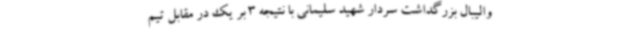
والیبال بزرگداشت سردار شهید سلیمانی با نتیجه 3 بر یک در مقابل تیم